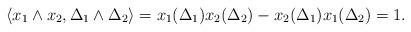
LaTeX: \begin{align*} \langle x_1 \wedge x_2 , \Delta_1 \wedge \Delta_2 \rangle = x_1(\Delta_1) x_2(\Delta_2) - x_2(\Delta_1) x_1(\Delta_2) = 1. \end{align*}